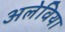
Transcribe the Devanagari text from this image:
अलेविया